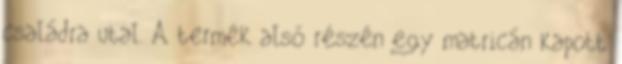
családra utal. A termék alsó részén egy matricán kapott